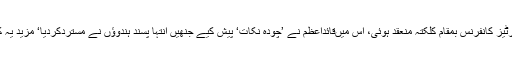
اس کے بعددسمبر 1928ء میں آل پارٹیز کانفرنس بمقام کلکتہ منعقد ہوئی، اس میںقائداعظم نے ’چودہ نکات‘ پیش کیے جنھیں انتہا پسند ہندوؤں نے مستردکردیا‘ مزید یہ کہ قائد اعظم پر طعن و تشنیع کی گئی۔